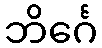
ဘိင်္ဂေ